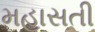
મહાસતી